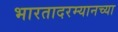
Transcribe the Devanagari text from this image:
भारतादरम्यानच्या